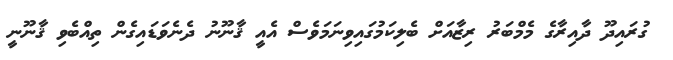
ގުރައިދޫ ދާއިރާގެ މެމްބަރު ރިޒާއަށް ބެލިކަމުގައިވިނަމަވެސް އެއީ ޤާނޫނު ދެނެވަޑައިގެން ތިއްބެވި ޤާނޫނީ